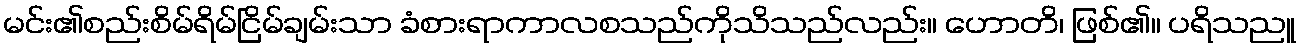
မင်း၏စည်းစိမ်ရိမ်ငြိမ်ချမ်းသာ ခံစားရာကာလစသည်ကိုသိသည်လည်း။ ဟောတိ၊ ဖြစ်၏။ ပရိသညူ